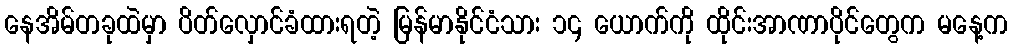
နေအိမ်တခုထဲမှာ ပိတ်လှောင်ခံထားရတဲ့ မြန်မာနိုင်ငံသား ၁၄ ယောက်ကို ထိုင်းအာဏာပိုင်တွေက မနေ့က